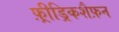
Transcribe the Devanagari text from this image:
फ़्रीड्रिकशैफ़न